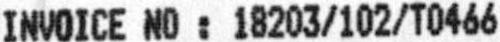
INVOICE NO : 18203/102/T0466